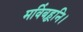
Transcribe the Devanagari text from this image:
मविंबहूनि।